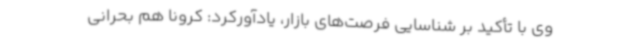
وی با تأکید بر شناسایی فرصت‌های بازار، یادآورکرد: کرونا هم بحرانی